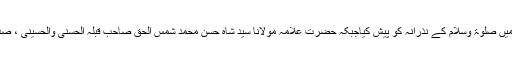
اختتام میں صوفی ولی با شہدائے کربلا کی بارگاہ میں صلوٰۃ وسلام کے نذرانہ کو پیش کیاجبکہ حضرت علامہ مولانا سید شاہ حسن محمد شمس الحق صاحب قبلہ الحسنی والحسینی ، صدر کانفرنس نے جامع انداز میں فاتحہ ودعافرمائی۔